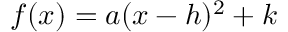
f ( x ) = a ( x - h ) ^ { 2 } + k \,